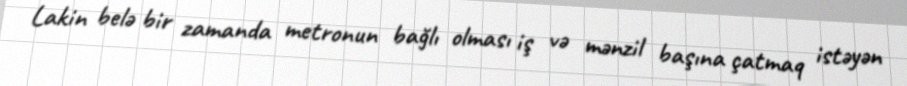
Lakin belə bir zamanda metronun bağlı olması iş və mənzil başına çatmaq istəyən